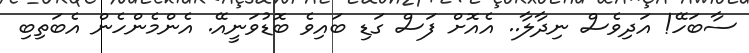
ސާބަހޭ! އަދިވެސް ނިދާލާ.. އެއޮށް ފަސް ގަޑި ބައިވެ ބޮޑުވަނީއޭ. އެންމެންހެން އެބަތިބި